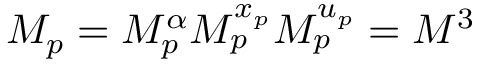
M _ { p } = M _ { p } ^ { \alpha } M _ { p } ^ { x _ { p } } M _ { p } ^ { u _ { p } } = M ^ { 3 }